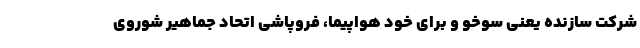
شرکت سازنده یعنی سوخو و برای خود هواپیما، فروپاشی اتحاد جماهیر شوروی